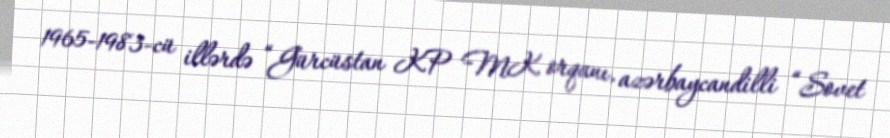
1965-1983-cü illərdə “Gürcüstan KP MK orqanı, azərbaycandilli “Sovet